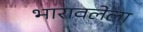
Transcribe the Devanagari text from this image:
भारावलेला